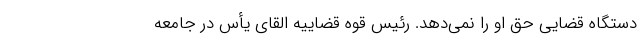
دستگاه قضایی حق او را نمی‌دهد. رئیس قوه قضاییه القای یأس در جامعه